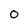
Character: O